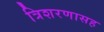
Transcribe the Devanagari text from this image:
त्रिशरणासह